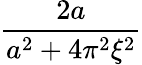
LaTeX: \frac{2a}{a^{2}+4\pi^{2}\xi^{2}}